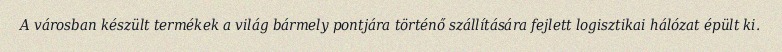
A városban készült termékek a világ bármely pontjára történő szállítására fejlett logisztikai hálózat épült ki.